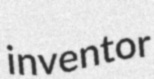
inventor